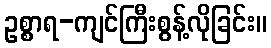
ဥစ္စာရ-ကျင်ကြီးစွန့်လိုခြင်း။